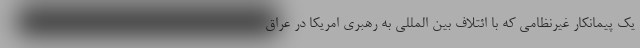
یک پیمانکار غیرنظامی که با ائتلاف بین المللی به رهبری امریکا در عراق